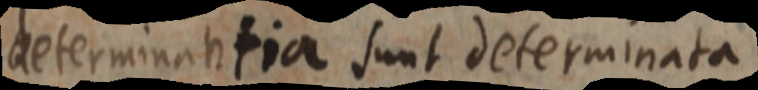
determinantia sunt determinata